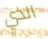
الذي